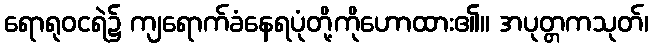
ရောရုဝငရဲ၌ ကျရောက်ခံနေရပုံတို့ကိုဟောထား၏။ အပုတ္တကသုတ်၊